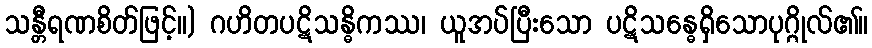
သန္တီရဏစိတ်ဖြင့်။) ဂဟိတပဋိသန္ဓိကဿ၊ ယူအပ်ပြီးသော ပဋိသန္ဓေရှိသောပုဂ္ဂိုလ်၏။